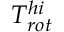
T _ { r o t } ^ { h i }